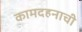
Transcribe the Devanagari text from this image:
कामदहनाची